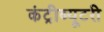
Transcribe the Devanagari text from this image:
कंट्रीब्यूटरी